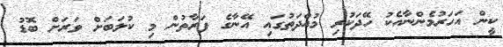
ކީން އަހަރުމެންނާއެކު ހޭދަކުރި މުއްދަތުގައި އޭނާގެ ފަރާތުން މި ކުލަބަށް ވަރަށް ބޮޑު